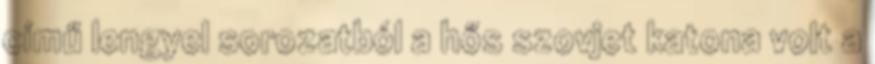
című lengyel sorozatból a hős szovjet katona volt a